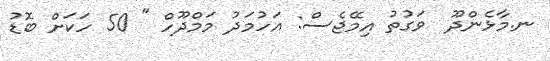
ނ.މާޅެންދޫ  ވަގުތު އިމޭޖެސް: އަހުމަދު މަމްދޫހް " 50 ހަކަށް ބޮޑު